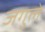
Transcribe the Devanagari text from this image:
जगुले